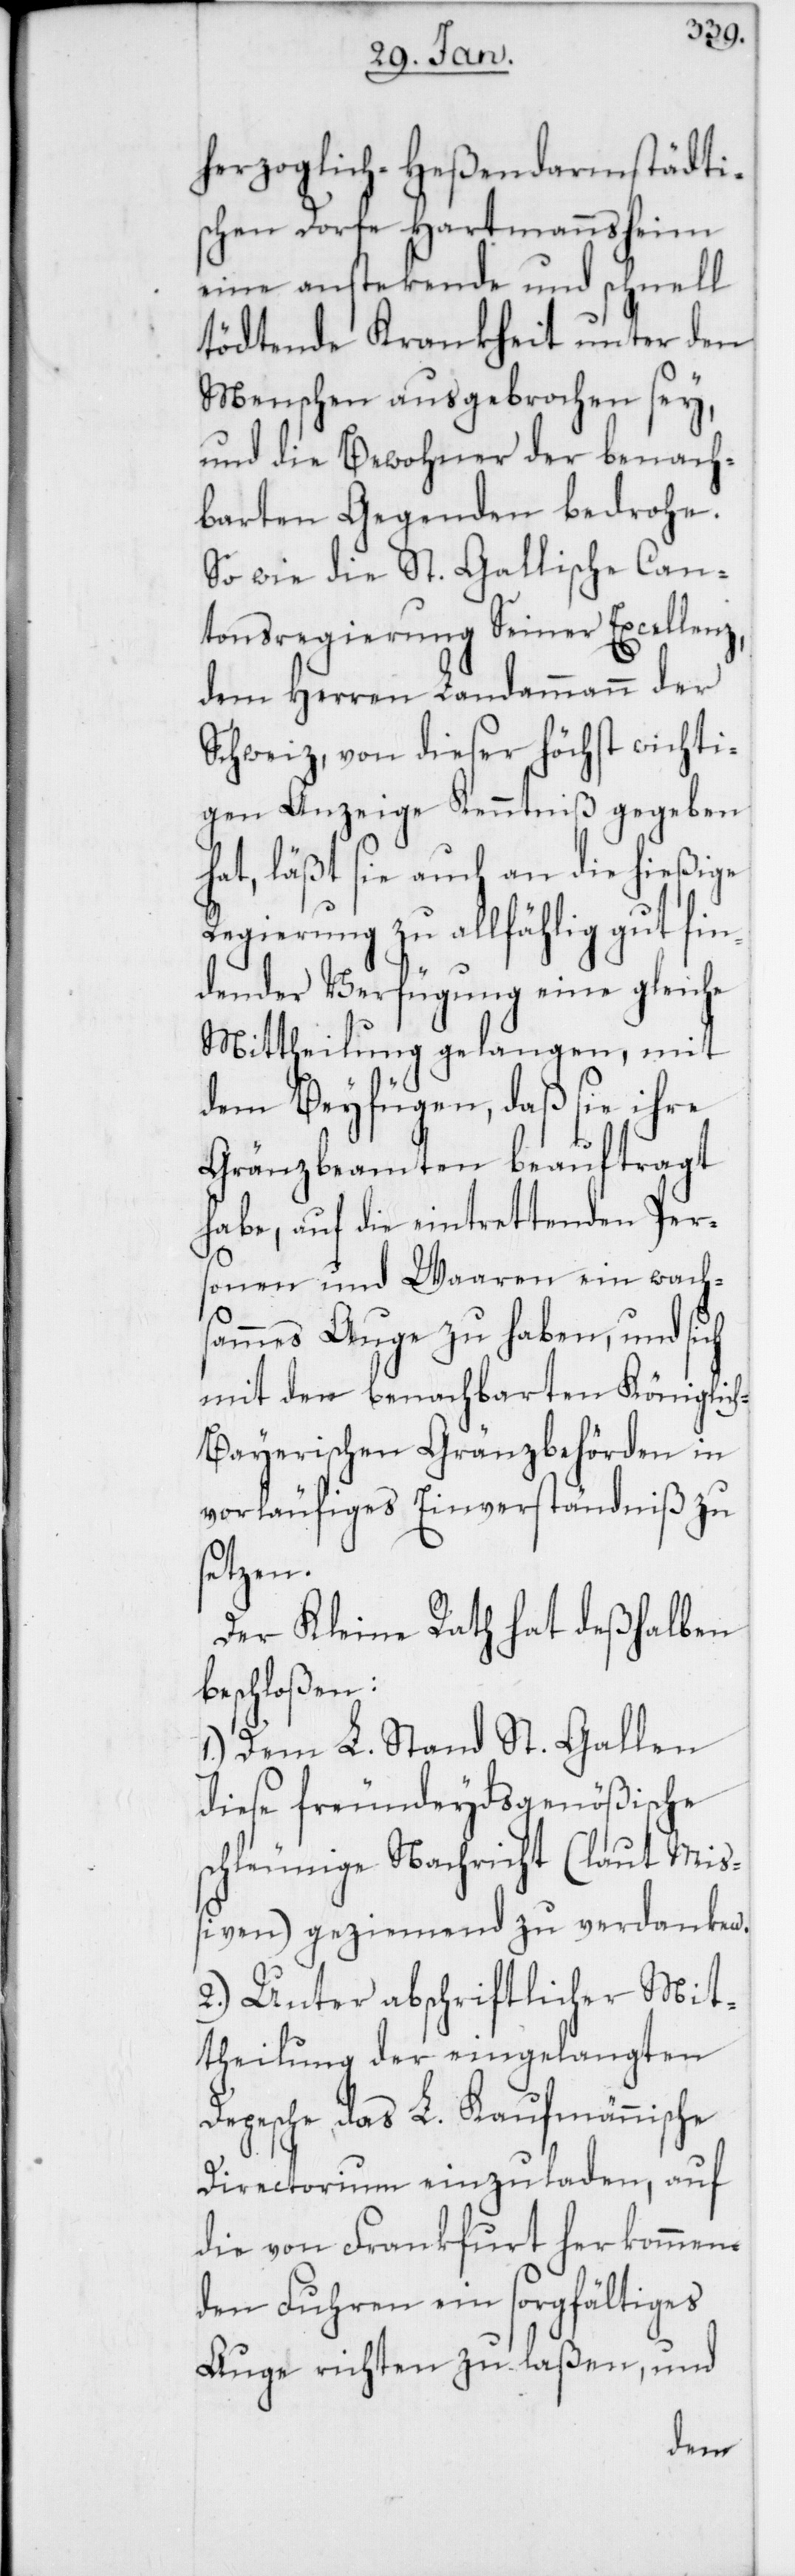
herzoglich-Heßendarmstädti¬
schen Dorfe Hartmannsheim
eine anstekende und schnell
tödtende Krankheit unter den
Menschen ausgebrochen sey,
und die Bewohner der benach¬
barten Gegenden bedrohe.
So wie die St. Gallische Can¬
tonsregierung Seiner Excellenz,
dem Herren Landammann der
Schweiz, von dieser höchst wichti¬
gen Anzeige Kenntniß gegeben
hat, läßt sie auch an die hießige
Regierung zu allfälhig gut fin¬
dender Verfügung eine gleiche
Mittheilung gelangen, mit
dem Beyfügen, daß sie ihre
Gränzbeamten beauftragt
habe, auf die eintrettenden Per¬
sonen und Waaren ein wach¬
sammes Auge zu haben, und sich
mit den benachbarten Königlic¬
h-Bayerischen Gränzbehörden in
vorläufiges Einverständniß zu
setzen.
Der Kleine Rath hat deßhalben
beschloßen:
1.) Dem L. Stand St. Gallen
diese freundeydsgenößische
schleunige Nachricht (laut Miß¬
iven) geziemend zu verdanken.
2.) Unter abschriftlicher Mit¬
theilung der eingelangten
Depesche, das L. Kaufmännische
Directorium einzuladen, auf
die von Frankfurt her kommen¬
den Fuhren ein sorgfältiges
Auge richten zu laßen, und